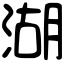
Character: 湖